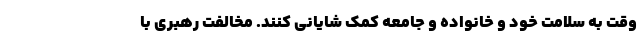
وقت به سلامت خود و خانواده و جامعه کمک شایانی کنند. مخالفت رهبری با